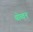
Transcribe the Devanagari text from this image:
योव्वन